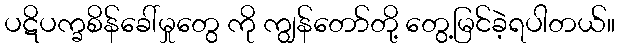
ပဋိပက္ခစိန်ခေါ်မှုတွေ ကို ကျွန်တော်တို့ တွေ့မြင်ခဲ့ရပါတယ်။